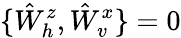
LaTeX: \{ \hat{W}_{h}^{z},\hat{W}_{v}^{x}\} =0